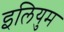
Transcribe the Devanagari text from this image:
इलियुम